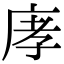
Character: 庨